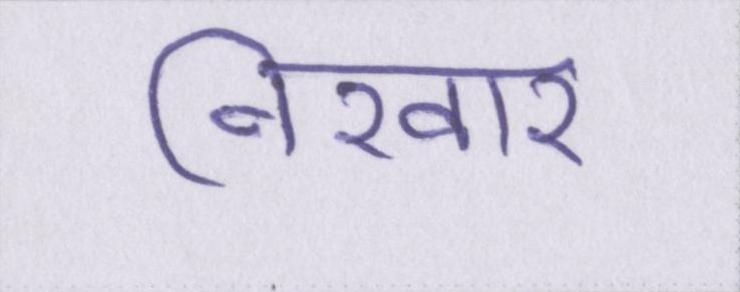
निखार